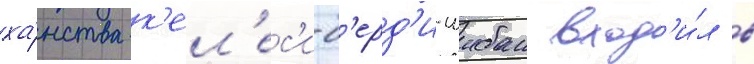
ха́нства к'ел'ес'и-б'ерд'и-шибан вход'и́л в